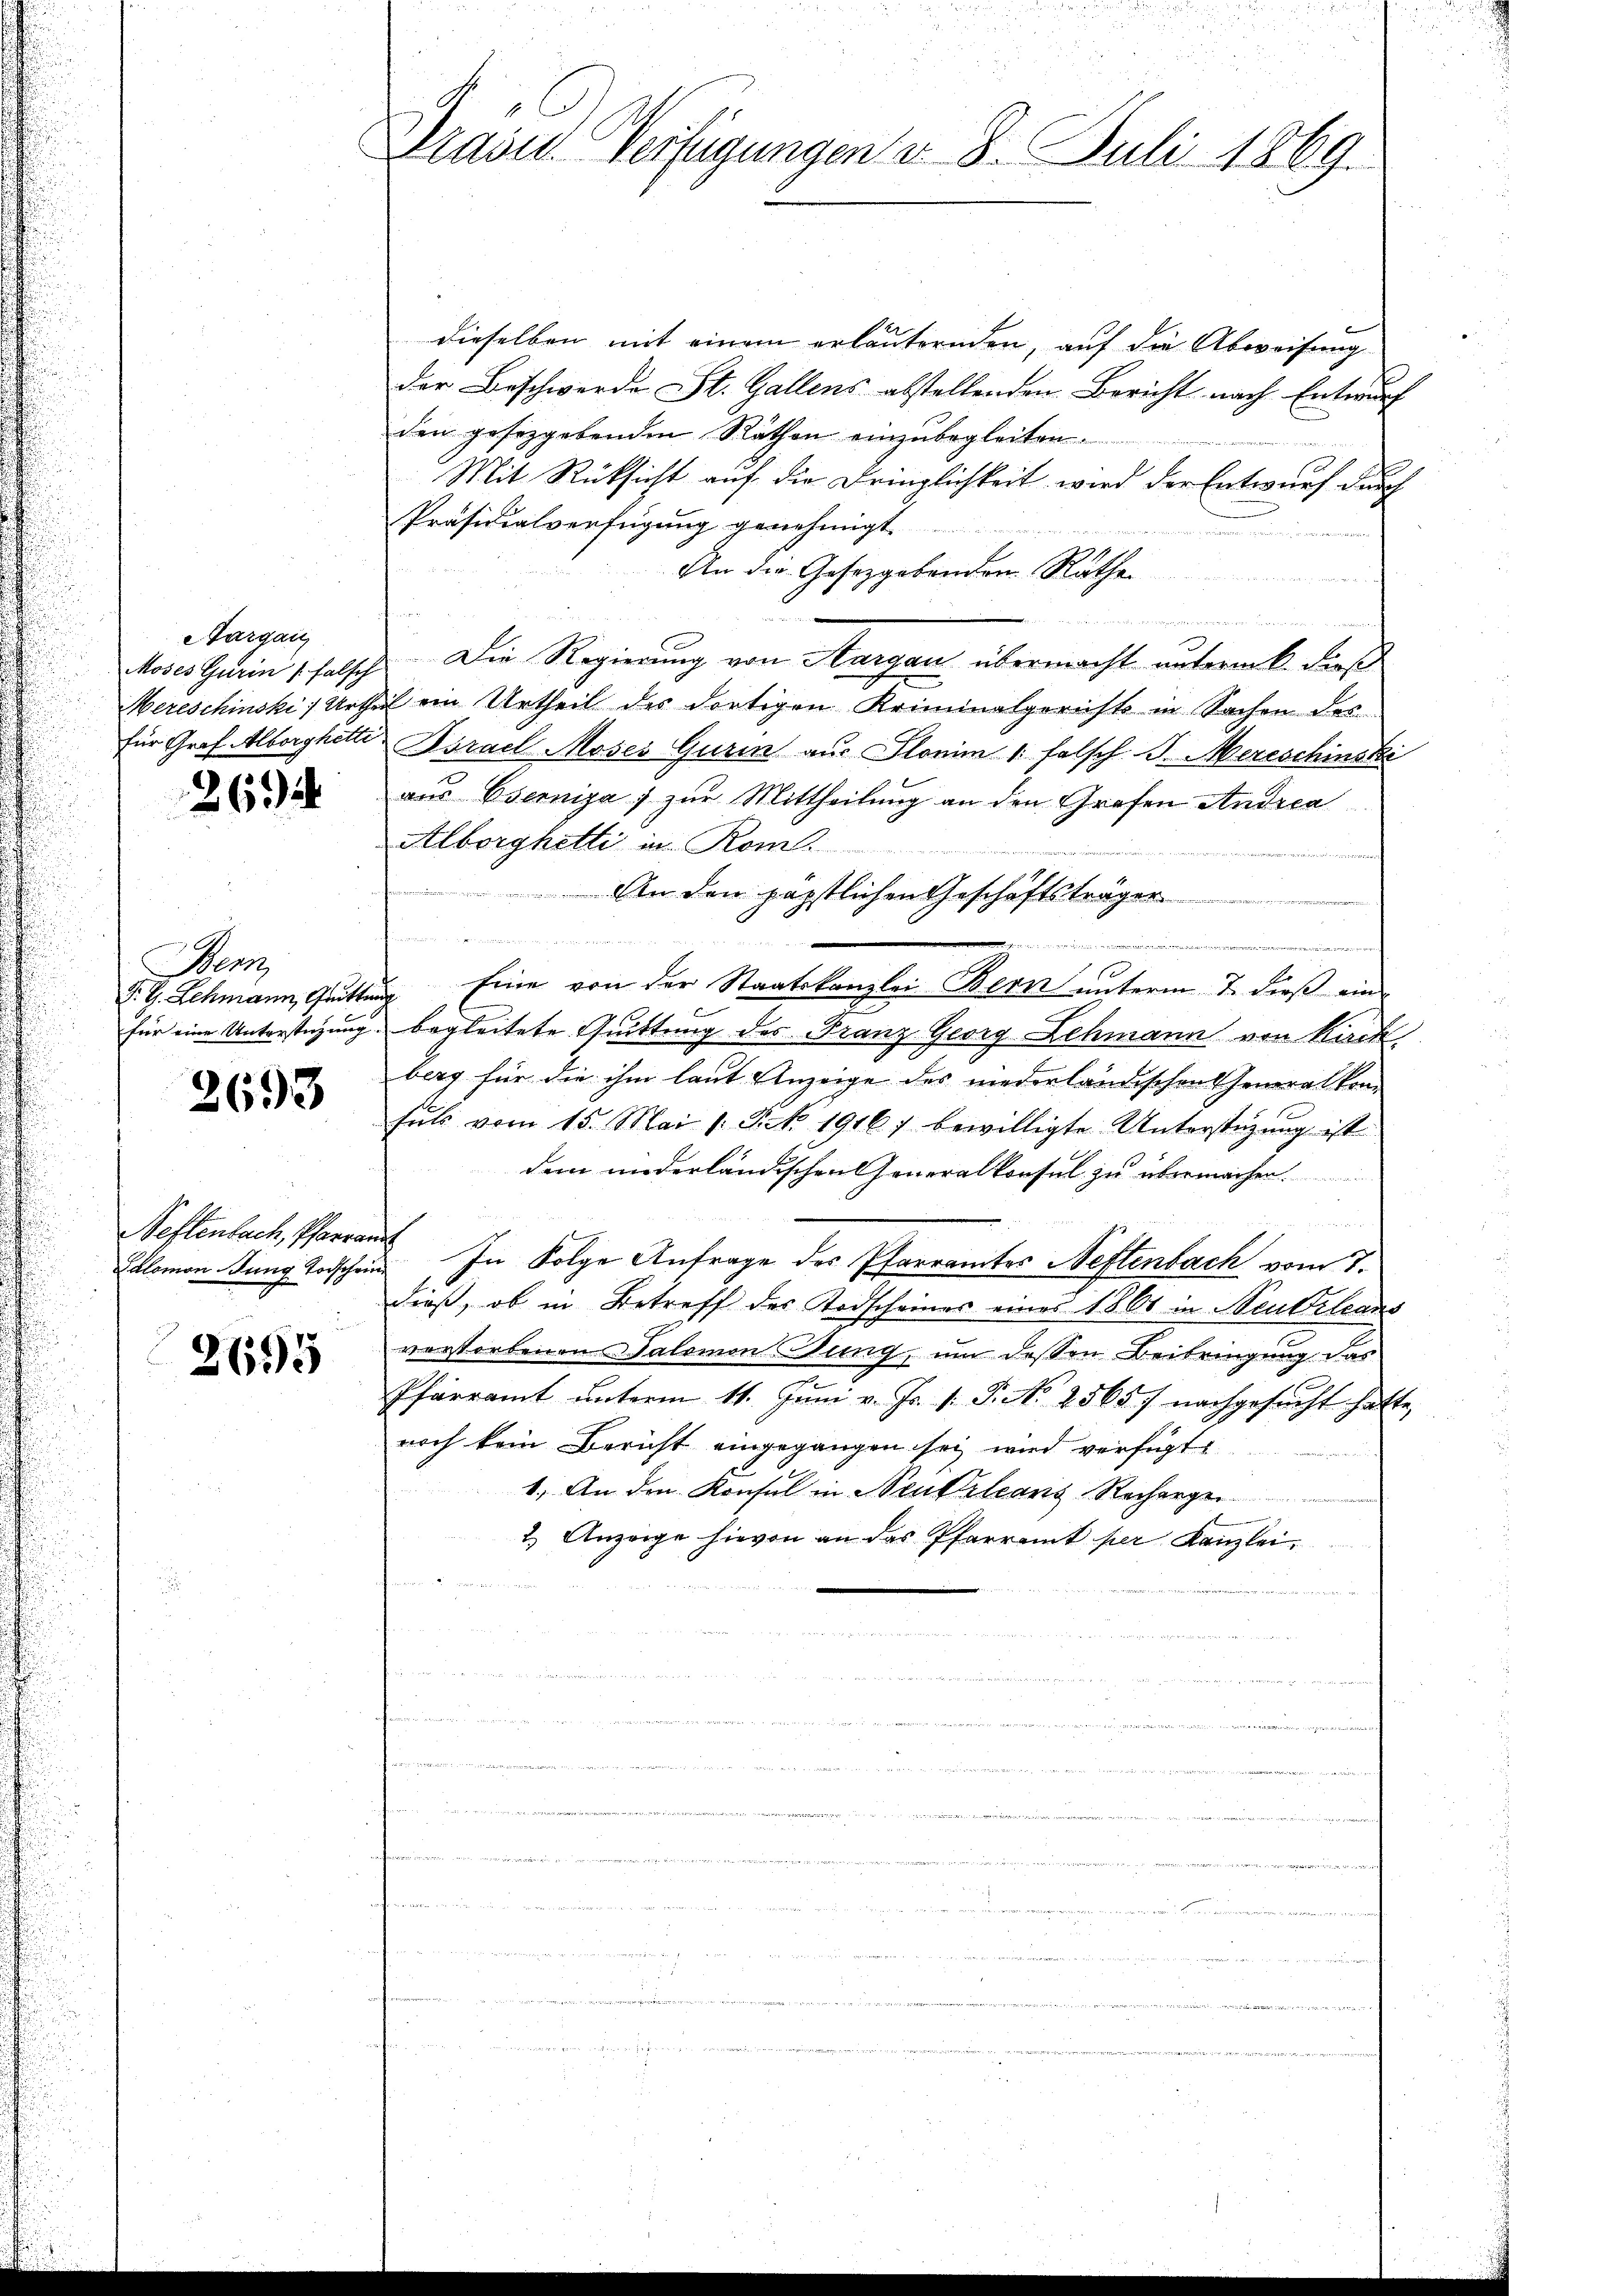
argau

26

Benz

3693

Neftenbach, Pfarramt

2695

1
Praind. Verfügungen d. 8. Juli 1869.

dieselben mit einem erlauternden, auf die Abweisung
der Beschwerde St. Gallens abstellenden Bericht nach Entwurf
den gesetzgebenden Räthen einzubegleiten.
Mit Rüksicht auf die Dringlichkeit wird der Entwurf durch
Präsidialverfügung genehmigt.
An die Gesetzgebenden Räthen
.
Moses Gurin 1 falsch. Die Regierung von Aargau übermacht untermik. dies
Mereschinski, Urtheil ein Urtheil des dortigen Kriminalgerichts in Sachen des
für Graf Alborghette Israel Moses Gurin aus Planim 1. Falsch. J. Mereschinski
aus Eserniga) zur Mittheilung an den Grafen Andrea
Alborghetti in Rom.
eeren
An den päpstlichen Geschäftsträger
e
 ich den wir eine
5 einen de
F. G. Schmann, Guittung Eine von der Staatskanzlei Bern unterm 7. dieß eine
für eine Unterstüzung begleitete Quittung des Franz Georg Lehmann von Kirch
berg für die ihm laut Anzeige des niederländischen Generalkom- |
fuls vom 15. Mai 1 S. 1916) bewilligte Unterstützŭng ist
dem niderländischen Generalkonsul zu übermachen.

Lalomon dung Todschein In Folge Anfrage des Pfarramtes Neftenbach vom 7.
dieß, ob in Betreff des Todscheines eines 1860 in Neubeleans
verstorbenen Salomon Jung, um dessen Beibringung das
Pfarramt ŭnterm 11. Jŭni v. Js. v. P. Nr. 25657 nachgesŭcht hatte,
noch kein Bericht eingegangen sei wird verfügt
1. An den Konsul in Neukleans Recherge
2.) Anzeige hievon an des Pfarramt per Kanzlei.
s
u
u
i